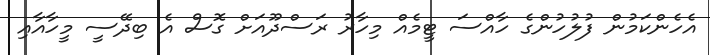
އެހެންކަމުން ފުލުހުންގެ ހާއްސަ ޓީމެއް މިހާރު ރަސްދޫއަށް ގޮސް އެ ބިދޭސީ މީހާއާއި